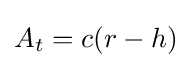
A_{t}=c(r-h)